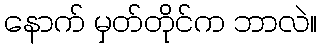
နောက် မှတ်တိုင်က ဘာလဲ။